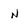
Character: n